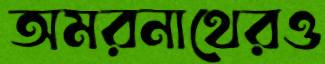
অমরনাথেরও